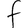
Character: F